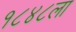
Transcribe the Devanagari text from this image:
१८४८ला